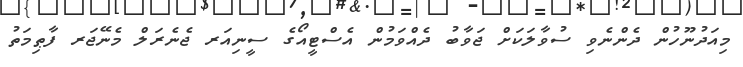
މިއަދުނޫހުން ދެންނެވި ސުވާލަކަށް ޖަވާބު ދެއްވަމުން އެސްޓީއޯގެ ސީނިއަރ ޖެނެރަލް މެނޭޖަރ ފާޠިމަތު